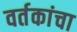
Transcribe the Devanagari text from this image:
वर्तकांचा